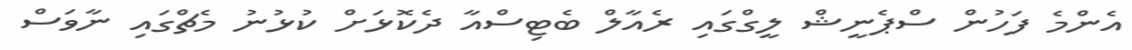
އެންމެ ފަހުން ސްޕެނީޝް ލީގްގައި ރެއާލް ބެޓިސްއާ ދެކޮޅަށް ކުޅުނު މެޗްގައި ނާވަސް